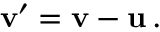
\mathbf { v ^ { \prime } } = \mathbf { v } - \mathbf { u } \, .